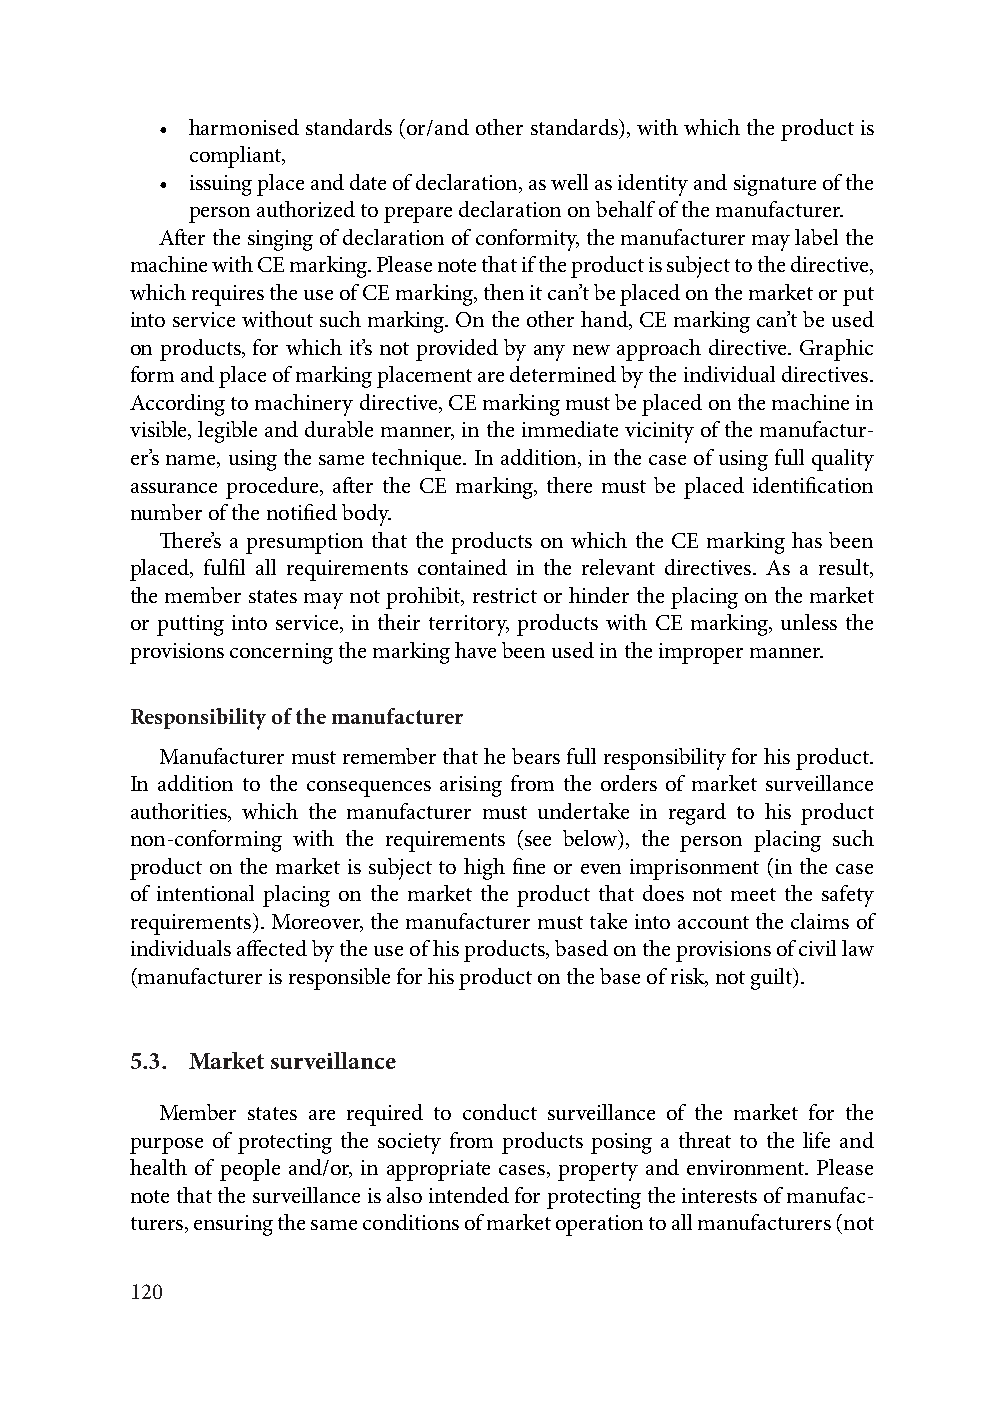
• harmonised standards (or/and other standards), with which the product is
 compliant,
 • issuing place and date of declaration, as well as identity and signature of the
 person authorized to prepare declaration on behalf of the manufacturer.
 After the singing of declaration of conformity, the manufacturer may label the
 machine with CE marking. Please note that if the product is subject to the directive,
 which requires the use of CE marking, then it can’t be placed on the market or put
 into service without such marking. On the other hand, CE marking can’t be used
 on products, for which it’s not provided by any new approach directive. Graphic
 form and place of marking placement are determined by the individual directives.
 According to machinery directive, CE marking must be placed on the machine in
 visible, legible and durable manner, in the immediate vicinity of the manufactur-
 er’s name, using the same technique. In addition, in the case of using full quality
 assurance procedure, after the CE marking, there must be placed identification
 number of the notified body.
 There’s a presumption that the products on which the CE marking has been
 placed, fulfil all requirements contained in the relevant directives. As a result,
 the member states may not prohibit, restrict or hinder the placing on the market
 or putting into service, in their territory, products with CE marking, unless the
 provisions concerning the marking have been used in the improper manner.
 Responsibility of the manufacturer
 Manufacturer must remember that he bears full responsibility for his product.
 In addition to the consequences arising from the orders of market surveillance
 authorities, which the manufacturer must undertake in regard to his product
 non-conforming with the requirements (see below), the person placing such
 product on the market is subject to high fine or even imprisonment (in the case
 of intentional placing on the market the product that does not meet the safety
 requirements). Moreover, the manufacturer must take into account the claims of
 individuals affected by the use of his products, based on the provisions of civil law
 (manufacturer is responsible for his product on the base of risk, not guilt).
 5.3. Market surveillance
 Member states are required to conduct surveillance of the market for the
 purpose of protecting the society from products posing a threat to the life and
 health of people and/or, in appropriate cases, property and environment. Please
 note that the surveillance is also intended for protecting the interests of manufac-
 turers, ensuring the same conditions of market operation to all manufacturers (not
 120